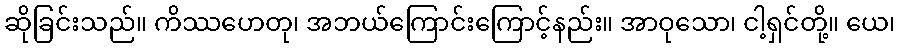
ဆိုခြင်းသည်။ ကိဿဟေတု၊ အဘယ်ကြောင်းကြောင့်နည်း။ အာဝုသော၊ ငါ့ရှင်တို့။ ယေ၊